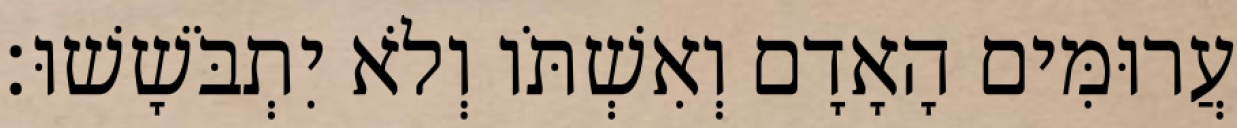
עֲרוּמִּים הָאָדָם וְאִשְׁתֹּו וְלֹא יִתְבֹּשָׁשׁוּ׃